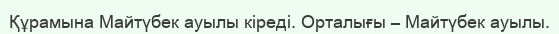
Құрамына Майтүбек ауылы кіреді. Орталығы – Майтүбек ауылы.